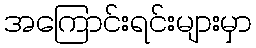
အကြောင်းရင်းများမှာ